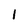
Character: 1